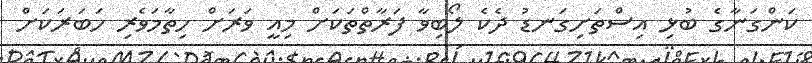
ކަންގަނާގެ ބުޅި އިސްތަށިގަނޑު ދެކެ ލޯބިވާ ފަރާތްތަކަށް މިއީ ވަރަށް ހިތާމަވެރި ހަބަރަކަށް